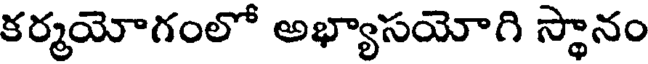
కర్మయోగంలో అభ్యాసయోగి స్థానం